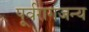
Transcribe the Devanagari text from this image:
पूर्वरागजन्य